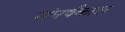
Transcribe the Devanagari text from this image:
संघर्षकाल